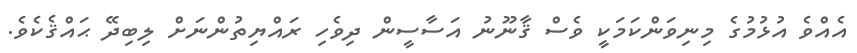
އެއްވެ އުޅުމުގެ މިނިވަންކަމަކީ ވެސް ޤާނޫނު އަސާސީން ދިވެހި ރައްޔިތުންނަށް ލިބިދޭ ޙައްޤެކެވެ.